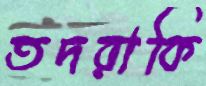
তদরাকি